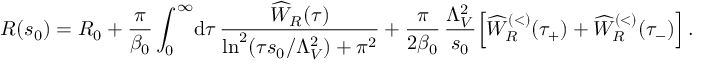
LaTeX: R ( s _ { 0 } ) = R _ { 0 } + \frac { \pi } { \beta _ { 0 } } \int _ { 0 } ^ { \infty } \! \mathrm { d } \tau \, \frac { \widehat W _ { R } ( \tau ) } { \ln ^ { 2 } ( \tau s _ { 0 } / \Lambda _ { V } ^ { 2 } ) + \pi ^ { 2 } } + \frac { \pi } { 2 \beta _ { 0 } } \, \frac { \Lambda _ { V } ^ { 2 } } { s _ { 0 } } \Big [ \widehat W _ { R } ^ { ( < ) } ( \tau _ { + } ) + \widehat W _ { R } ^ { ( < ) } ( \tau _ { - } ) \Big ] \, .